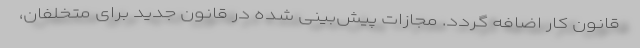
قانون کار اضافه گردد. مجازات پیش‌بینی شده در قانون جدید برای متخلفان،